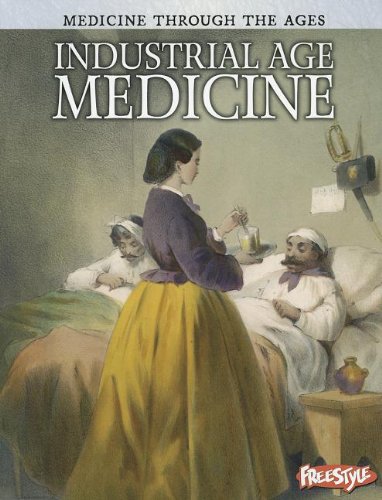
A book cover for Industrial Age Medicine (Medicine Through the Ages); Rebecca Vickers; Children's Books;